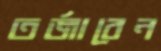
তর্জাবেন